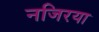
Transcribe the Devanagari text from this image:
नजिरया